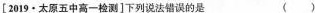
[2019·太原五中高一检测]下列说法错误的是 ( )